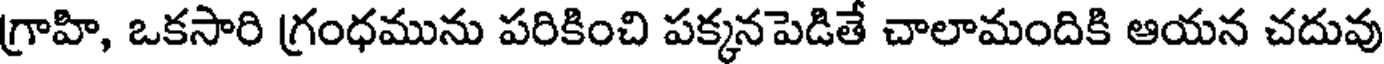
గ్రాహి, ఒకసారి గ్రంధమును పరికించి పక్కనపెడితే చాలామందికి ఆయన చదువు